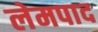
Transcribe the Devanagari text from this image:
लेमपाद